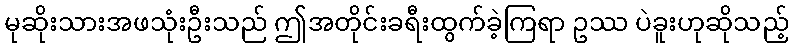
မုဆိုးသားအဖသုံးဦးသည် ဤအတိုင်းခရီးထွက်ခဲ့ကြရာ ဥဿ ပဲခူးဟုဆိုသည့်